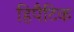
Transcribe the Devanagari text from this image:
हिपैटिक